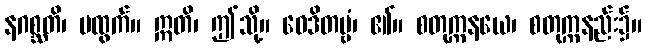
နဂစ္ဆတိ၊ မထွက်။ ဣတိ၊ ဤသို့။ ဝေဒိတဗ္ဗံ၊ ၏။ စတုက္ကနယေ၊ စတုက္ကနည်း၌။